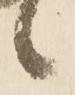
候